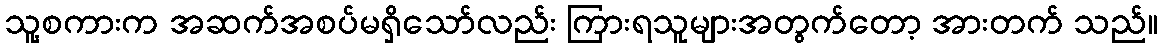
သူ့စကားက အဆက်အစပ်မရှိသော်လည်း ကြားရသူများအတွက်တော့ အားတက် သည်။